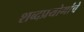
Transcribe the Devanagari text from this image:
शब्दप्रयोगांचे